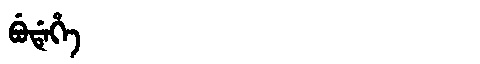
Manchu: ᠪᡠᡩᡝᡥᡝ
Romanization: BUDEHE